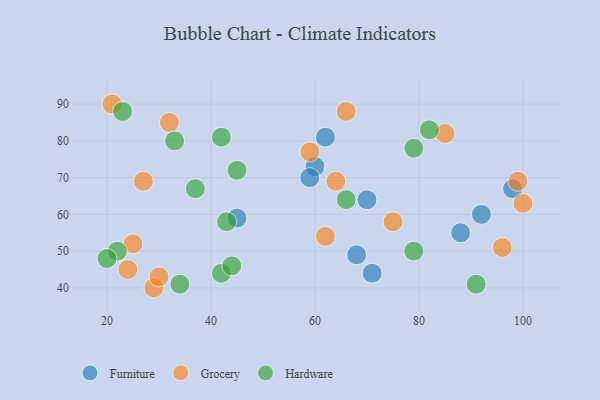
{"axis": {"x": "GDP", "y": "Life Expectancy"}, "legend": ["Furniture", "Grocery", "Hardware"], "data": [{"x": "45", "y": 59, "type": "Furniture"}, {"x": "62", "y": 81, "type": "Furniture"}, {"x": "88", "y": 55, "type": "Furniture"}, {"x": "68", "y": 49, "type": "Furniture"}, {"x": "70", "y": 64, "type": "Furniture"}, {"x": "60", "y": 73, "type": "Furniture"}, {"x": "92", "y": 60, "type": "Furniture"}, {"x": "59", "y": 70, "type": "Furniture"}, {"x": "71", "y": 44, "type": "Furniture"}, {"x": "98", "y": 67, "type": "Furniture"}, {"x": "29", "y": 40, "type": "Grocery"}, {"x": "62", "y": 54, "type": "Grocery"}, {"x": "27", "y": 69, "type": "Grocery"}, {"x": "99", "y": 69, "type": "Grocery"}, {"x": "21", "y": 90, "type": "Grocery"}, {"x": "66", "y": 88, "type": "Grocery"}, {"x": "96", "y": 51, "type": "Grocery"}, {"x": "64", "y": 69, "type": "Grocery"}, {"x": "32", "y": 85, "type": "Grocery"}, {"x": "59", "y": 77, "type": "Grocery"}, {"x": "100", "y": 63, "type": "Grocery"}, {"x": "85", "y": 82, "type": "Grocery"}, {"x": "25", "y": 52, "type": "Grocery"}, {"x": "75", "y": 58, "type": "Grocery"}, {"x": "24", "y": 45, "type": "Grocery"}, {"x": "30", "y": 43, "type": "Grocery"}, {"x": "79", "y": 78, "type": "Hardware"}, {"x": "43", "y": 58, "type": "Hardware"}, {"x": "42", "y": 81, "type": "Hardware"}, {"x": "22", "y": 50, "type": "Hardware"}, {"x": "42", "y": 44, "type": "Hardware"}, {"x": "44", "y": 46, "type": "Hardware"}, {"x": "45", "y": 72, "type": "Hardware"}, {"x": "79", "y": 50, "type": "Hardware"}, {"x": "37", "y": 67, "type": "Hardware"}, {"x": "66", "y": 64, "type": "Hardware"}, {"x": "82", "y": 83, "type": "Hardware"}, {"x": "34", "y": 41, "type": "Hardware"}, {"x": "91", "y": 41, "type": "Hardware"}, {"x": "23", "y": 88, "type": "Hardware"}, {"x": "33", "y": 80, "type": "Hardware"}, {"x": "20", "y": 48, "type": "Hardware"}]}